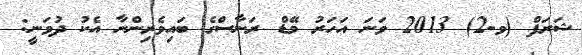
ޝަރަފް (ވ-2) 2013 ވަނަ އަހަރު މޭޑް ރަނާސްގެ ބައިވެރިންނާ އެކު ދުވަނީ: